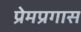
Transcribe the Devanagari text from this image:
प्रेमप्रगास